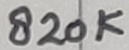
Text: 820K